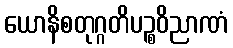
ယောနိစတုဂ္ဂတိပဉ္စဝိညာဏံ